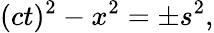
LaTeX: (ct)^{2}-x^{2}=\pm s^{2},